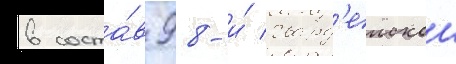
в соста́в 98-и́ гвард'еискои